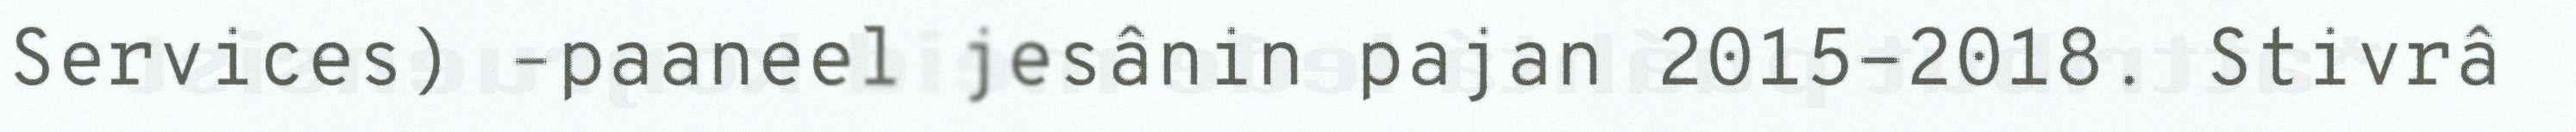
Services) –paaneel jesânin pajan 2015-2018. Stivrâ